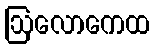
ဩလောကေထ